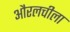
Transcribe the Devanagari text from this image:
औरलचीला